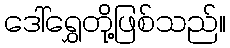
ဒေါ်ရွှေတို့ဖြစ်သည်။